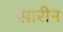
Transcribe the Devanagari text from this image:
सारीन